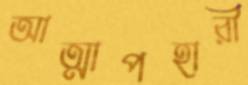
আত্মাপহারী